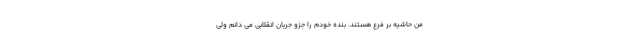
من حاشیه بر فرع هستند. بنده خودم را جزو جریان انقلابی می دانم ولی